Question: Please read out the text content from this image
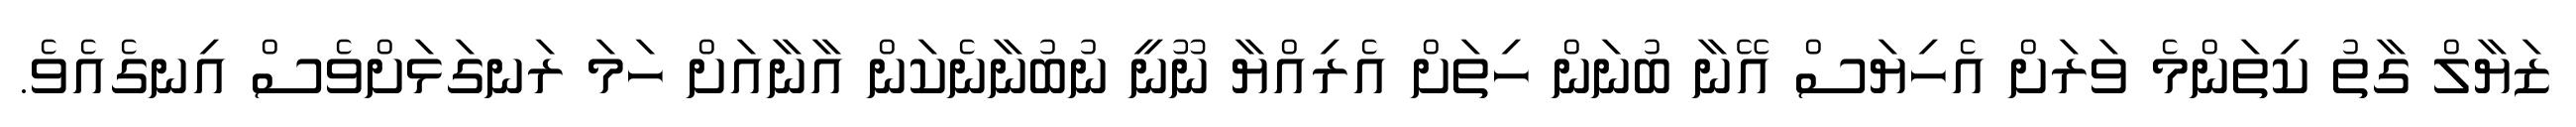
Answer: ޒަޔާލް ގާތު ކިތަންމެ ވަރަށް އެހިޔަސް އޭނާ ބުނަން ހިތަށް އެރިއްޔާ ނޫނީ ނުބުނާނެކަން އާނާއަށް ހަމަ ރަނގަޅަށްވެސް އިނގެއެވެ.